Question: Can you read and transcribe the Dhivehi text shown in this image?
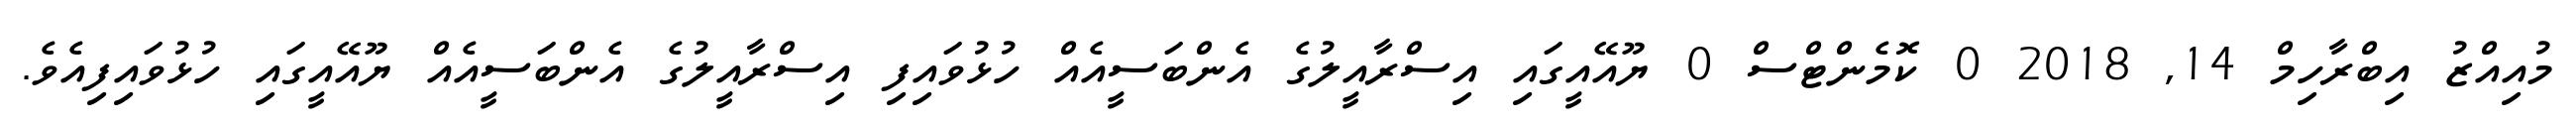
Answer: މުއިއްޒު އިބްރާހިމް 14, 2018 0 ކޮމެންޓްސް 0 ޔޫއޭއީގައި އިސްރާއީލުގެ އެންބަސީއެއް ހުޅުވައިފި އިސްރާއީލުގެ އެންބަސީއެއް ޔޫއޭއީގައި ހުޅުވައިފިއެވެ.